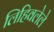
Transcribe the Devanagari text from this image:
लिहिवलेले